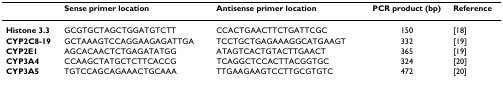
<table><thead><tr><td></td><td><b>Sense primer location</b></td><td><b>Antisense primer location</b></td><td><b>PCR product (bp)</b></td><td><b>Reference</b></td></tr></thead><tbody><tr><td><b>Histone 3.3</b></td><td>GCGTGCTAGCTGGATGTCTT</td><td>CCACTGAACTTCTGATTCGC</td><td>150</td><td>[18]</td></tr><tr><td><b>CYP2C8-19</b></td><td>GCTAAAGTCCAGGAAGAGATTGA</td><td>TCCTGCTGAGAAAGGCATGAAGT</td><td>332</td><td>[19]</td></tr><tr><td><b>CYP2E1</b></td><td>AGCACAACTCTGAGATATGG</td><td>ATAGTCACTGTACTTGAACT</td><td>365</td><td>[19]</td></tr><tr><td><b>CYP3A4</b></td><td>CCAAGCTATGCTCTTCACCG</td><td>TCAGGCTCCACTTACGGTGC</td><td>324</td><td>[20]</td></tr><tr><td><b>CYP3A5</b></td><td>TGTCCAGCAGAAACTGCAAA</td><td>TTGAAGAAGTCCTTGCGTGTC</td><td>472</td><td>[20]</td></tr></tbody></table>